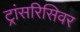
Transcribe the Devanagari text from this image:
ट्रांसरिसिवर